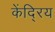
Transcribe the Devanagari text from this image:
केंदि्रय